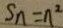
S _ { n } = n ^ { 2 }